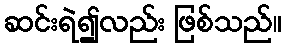
ဆင်းရဲ၍လည်း ဖြစ်သည်။